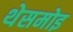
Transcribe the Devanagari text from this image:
थेसमोइ